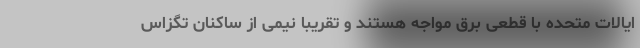
ایالات متحده با قطعی برق مواجه هستند و تقریباً نیمی از ساکنان تگزاس